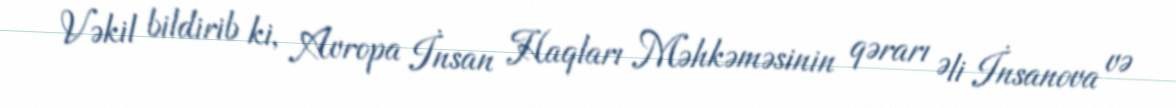
Vəkil bildirib ki, Avropa İnsan Haqları Məhkəməsinin qərarı Əli İnsanova və